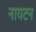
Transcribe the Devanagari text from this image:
नायटन